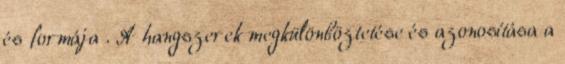
és formája . A hangszerek megkülönböztetése és azonosítása a